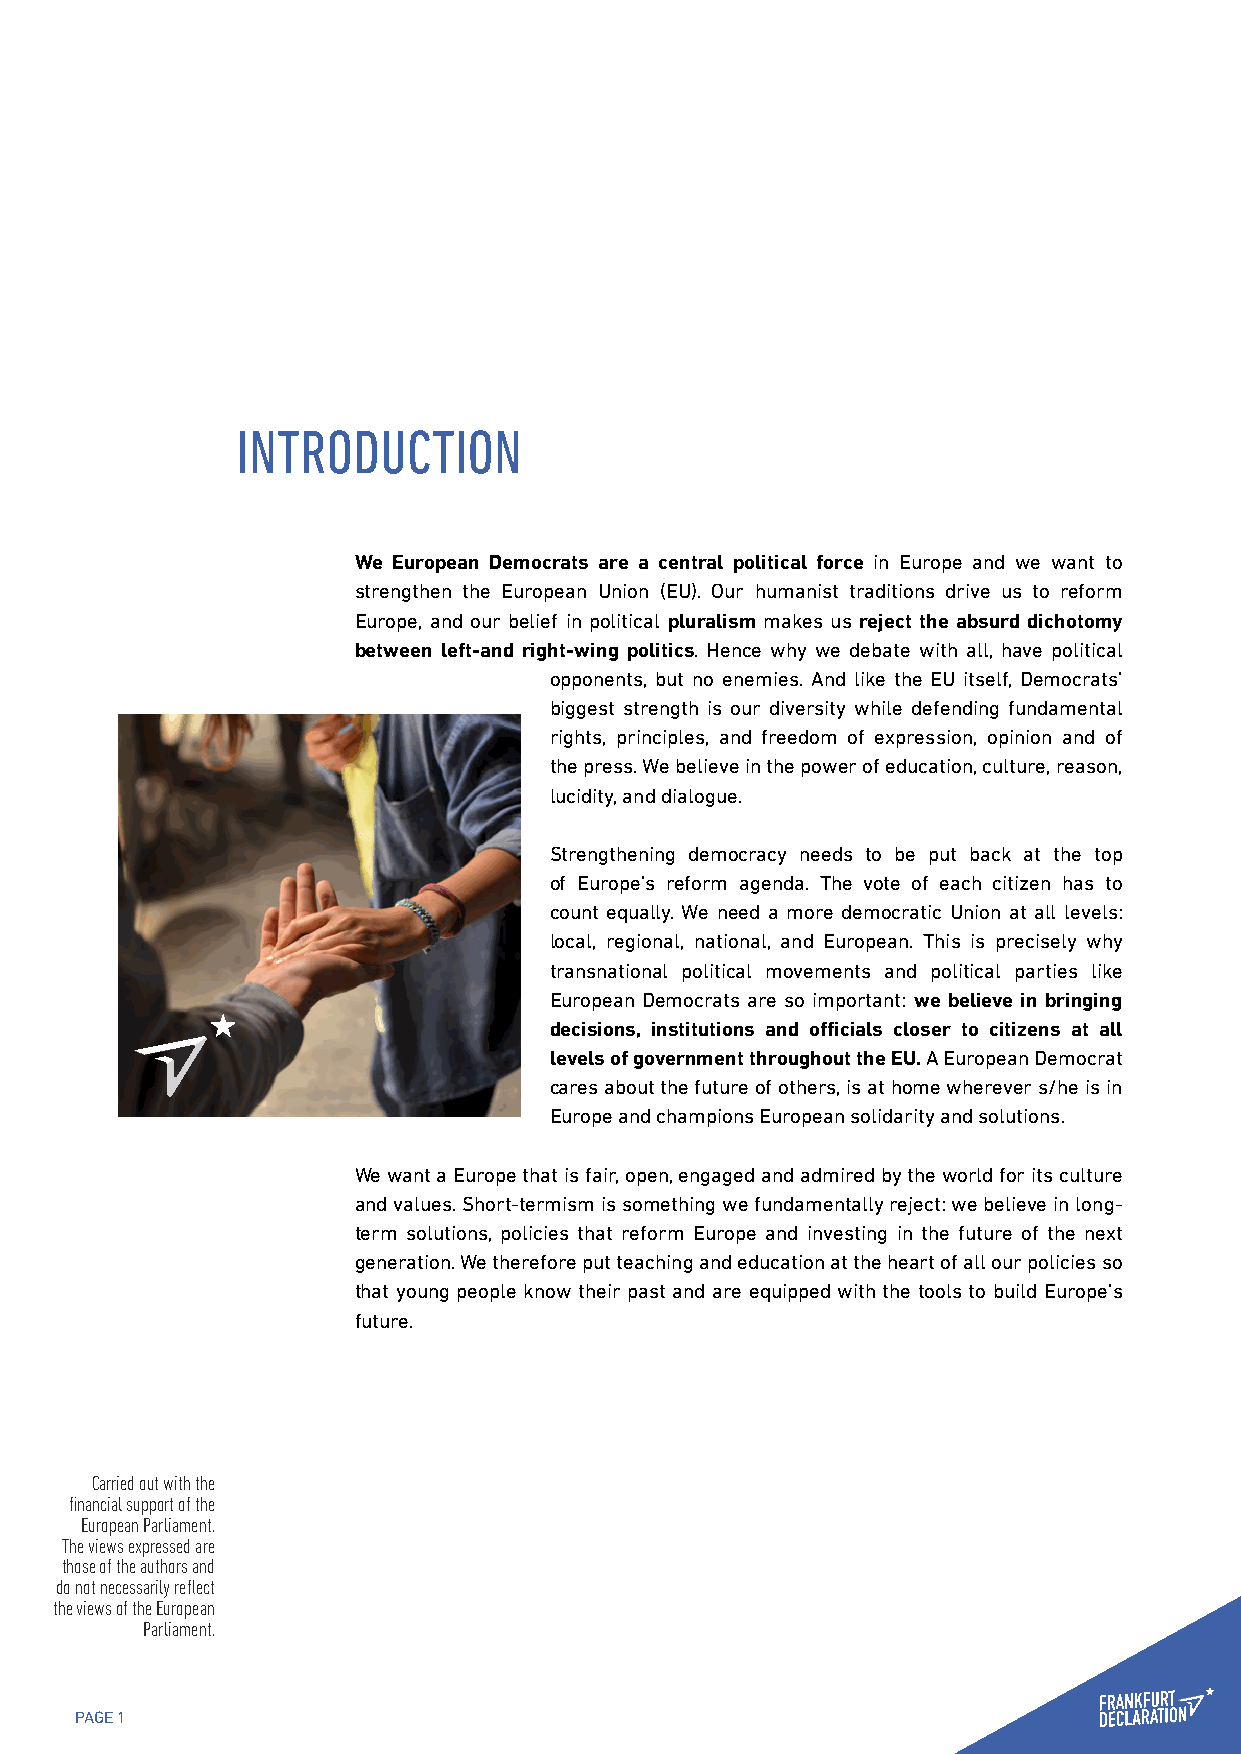
INTRODUCTION
 We European Democrats are a central political force in Europe and we want to
 strengthen the European Union (EU). Our humanist traditions drive us to reform
 Europe, and our belief in political pluralism makes us reject the absurd dichotomy
 between left-and right-wing politics. Hence why we debate with all, have political
 opponents, but no enemies. And like the EU itself, Democrats’
 biggest strength is our diversity while defending fundamental
 rights, principles, and freedom of expression, opinion and of
 the press. We believe in the power of education, culture, reason,
 lucidity, and dialogue.
 Strengthening democracy needs to be put back at the top
 of Europe’s reform agenda. The vote of each citizen has to
 count equally. We need a more democratic Union at all levels:
 local, regional, national, and European. This is precisely why
 transnational political movements and political parties like
 European Democrats are so important: we believe in bringing
 decisions, institutions and officials closer to citizens at all
 levels of government throughout the EU. A European Democrat
 cares about the future of others, is at home wherever s/he is in
 Europe and champions European solidarity and solutions.
 We want a Europe that is fair, open, engaged and admired by the world for its culture
 and values. Short-termism is something we fundamentally reject: we believe in long-
 term solutions, policies that reform Europe and investing in the future of the next
 generation. We therefore put teaching and education at the heart of all our policies so
 that young people know their past and are equipped with the tools to build Europe’s
 future.
 Carried out with the
 financial support of the
 European Parliament.
 The views expressed are
 those of the authors and
 do not necessarily reflect
 the views of the European
 Parliament.
 PAGE 1